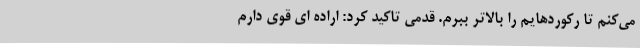
می‌کنم تا رکوردهایم را بالاتر ببرم. قدمی تاکید کرد: اراده ای قوی دارم